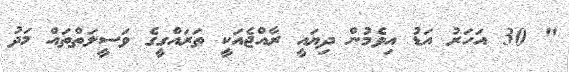
" 30 އަހަރު އަޑު އިވެމުން ދިޔައީ ރާއްޖެއަކީ ތަރައްގީގެ ވަސީލަތްތައް މަދު